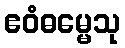
ဧဝံဓမ္မေသု